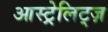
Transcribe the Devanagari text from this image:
आस्ट्रेलिट्ज़